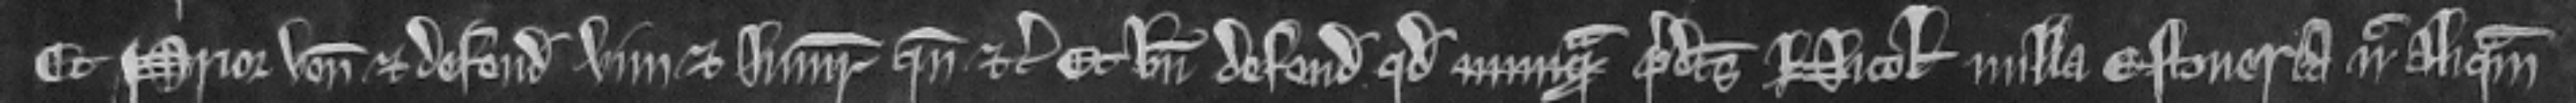
Et Prior venit et defendit vim et iniuriam quando etc. Et bene defendit quod nunquam predictus Nicholaus nulla estoueria nec aliquam